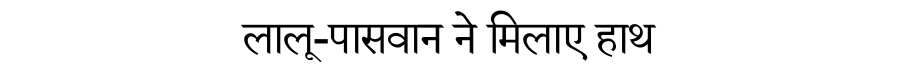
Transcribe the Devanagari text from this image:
लालू-पासवान ने मिलाए हाथ